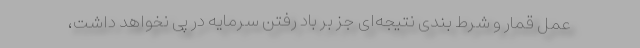
عمل قمار و شرط بندی نتیجه‌ای جز بر باد رفتن سرمایه در پی نخواهد داشت،